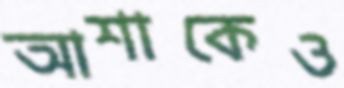
আশাকেও